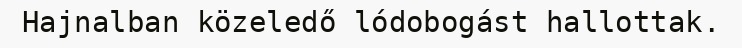
Hajnalban közeledő lódobogást hallottak.